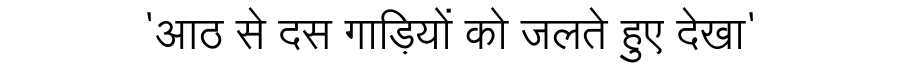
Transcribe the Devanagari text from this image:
'आठ से दस गाड़ियों को जलते हुए देखा'